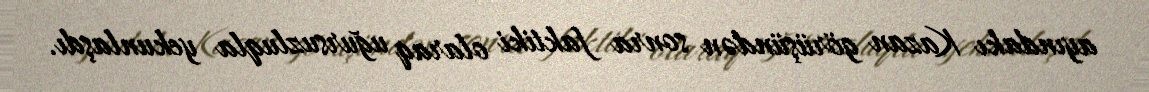
ayındakı Kazan görüşündən sonra faktiki olaraq uğursuzluqla yekunlaşdı.